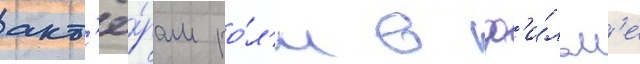
акт'ё́рам ро́л'и в ф'и́льм'е